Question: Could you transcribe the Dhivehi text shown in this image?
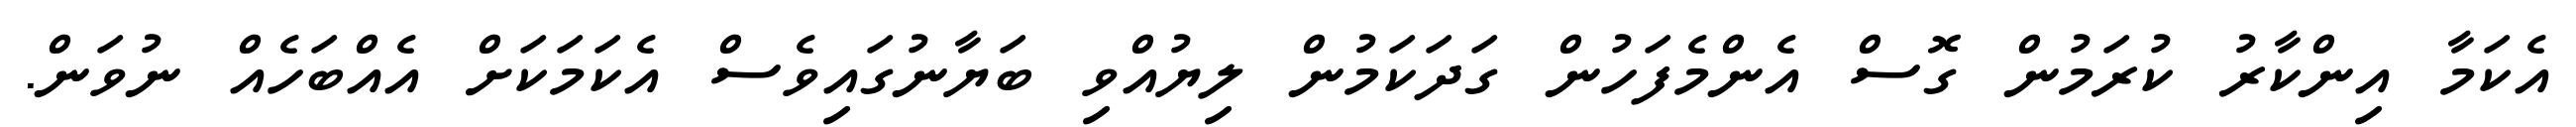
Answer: އެކަމާ އިންކާރު ކުރަމުން ގޮސް އެންމެފަހުން ގަދަކަމުން ލިޔުއްވި ބަޔާނުގައިވެސް އެކަމަކަށް އެއްބަހެއް ނުވަން.